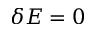
\delta E = 0